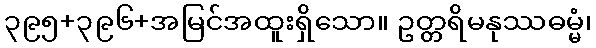
၃၉၅+၃၉၆+အမြင်အထူးရှိသော။ ဥတ္တရိမနုဿဓမ္မံ၊